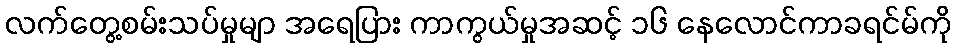
လက်တွေ့စမ်းသပ်မှုမျာ အရေပြား ကာကွယ်မှုအဆင့် ၁၆ နေလောင်ကာခရင်မ်ကို